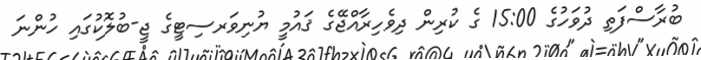
ބުރާސްފަތި ދުވަހުގެ 15:00 ގެ ކުރިން ދިވެހިރާއްޖޭގެ ޤައުމީ ޔުނިވަރސިޓީގެ ޖީ-ބުލޮކުގައި ހުންނަ